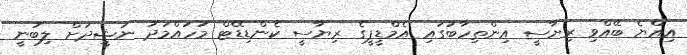
އިއްޔެ ބޭއްވި ރިޔާސީ އިންތިހާބުގައި އެމްޑީޕީގެ ރިޔާސީ ކެންޑިޑޭޓް މުހައްމަދު ނަޝީދަށް ލިބުނީ